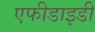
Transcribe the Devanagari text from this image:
एफीडाइडी